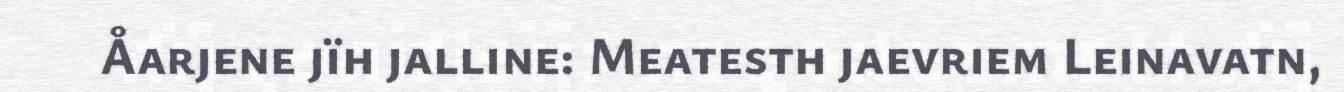
Åarjene jïh jalline: Meatesth jaevriem Leinavatn,